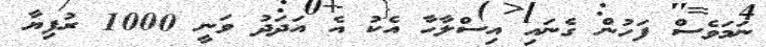
ނަމަވެސް ފަހުން ގެނައި އިސްލާހާ އެކު އެ އަދަދު ވަނީ 1000 ރުފިޔާ